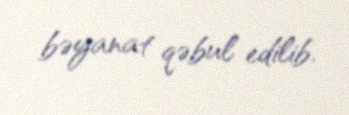
bəyanat qəbul edilib.